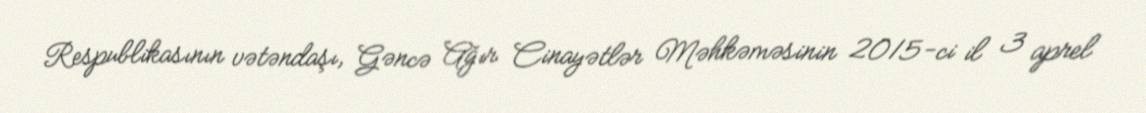
Respublikasının vətəndaşı, Gəncə Ağır Cinayətlər Məhkəməsinin 2015-ci il 3 aprel